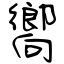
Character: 嚮